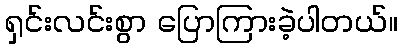
ရှင်းလင်းစွာ ပြောကြားခဲ့ပါတယ်။